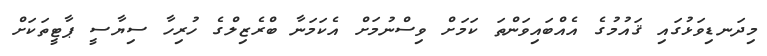
މިދަނޑިވަޅުގައި ޤައުމުގެ އެއްބައިވަންތަ ކަމަށް ވިސްނުމަށް އެކަމަނާ ބްރެޒިލްގެ ހުރިހާ ސިޔާސީ ޕާޓީތަކަށް